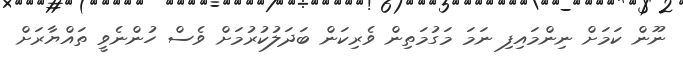
ނޫން ކަމަށް ނިންމައިފި ނަމަ މަގުމަތިން ވެރިކަން ބަދަލުކުރުމަށް ވެސް ހުންނެވީ ތައްޔާރަށް